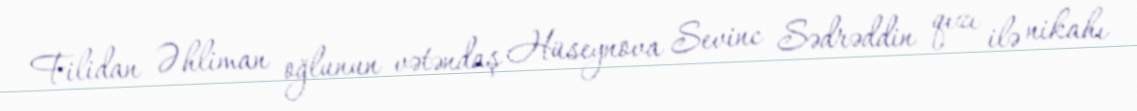
Filidan Əhliman oğlunun vətəndaş Hüseynova Sevinc Sədrəddin qızı ilə nikahı